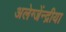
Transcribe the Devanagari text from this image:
अलेग्जेंन्द्रीया